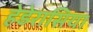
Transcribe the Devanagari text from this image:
हेडेरासिया